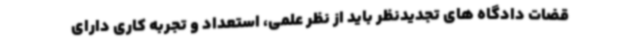
قضات دادگاه های تجدیدنظر باید از نظر علمی، استعداد و تجربه کاری دارای